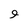
Character: 9